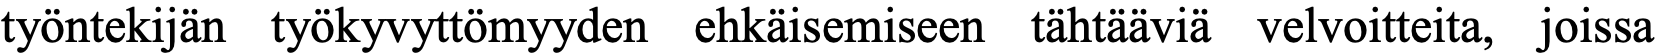
työntekijän työkyvyttömyyden ehkäisemiseen tähtääviä velvoitteita, joissa